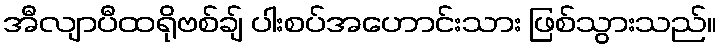
အီလျာပီထရိုဗစ်ချ် ပါးစပ်အဟောင်းသား ဖြစ်သွားသည်။